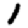
Digit: 1